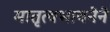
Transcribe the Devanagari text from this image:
मातृत्वभावनेने